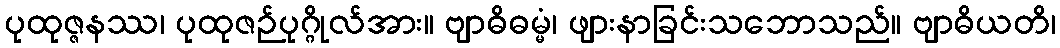
ပုထုဇ္ဇနဿ၊ ပုထုဇဉ်ပုဂ္ဂိုလ်အား။ ဗျာဓိဓမ္မံ၊ ဖျားနာခြင်းသဘောသည်။ ဗျာဓိယတိ၊